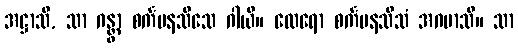
အဋ္ဌာသိ, သာ ဂန္တွာ စင်္ကမနသီသေ ဂါယိ။ ထေရော စင်္ကမနသီသံ အဂမာသိ။ သာ